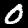
Label: 0